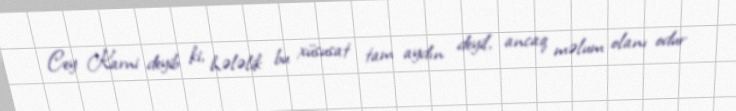
Cey Karni deyib ki, hələlik bu xüsusat tam aydın deyil, ancaq məlum olanı odur